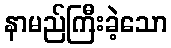
နာမည်ကြီးခဲ့သော